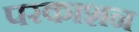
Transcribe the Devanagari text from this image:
परकाशन